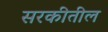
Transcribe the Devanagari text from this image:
सरकीतील